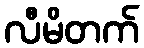
လီမိတက်